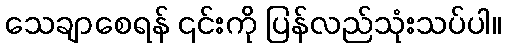
သေချာစေရန် ၎င်းကို ပြန်လည်သုံးသပ်ပါ။